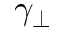
\gamma _ { \perp }